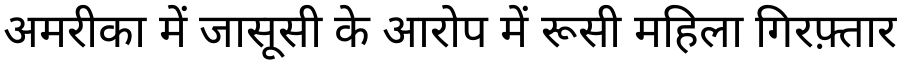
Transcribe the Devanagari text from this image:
अमरीका में जासूसी के आरोप में रूसी महिला गिरफ़्तार